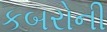
કબરોની